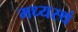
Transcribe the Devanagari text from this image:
मध्यस्थं